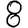
Digit: 8